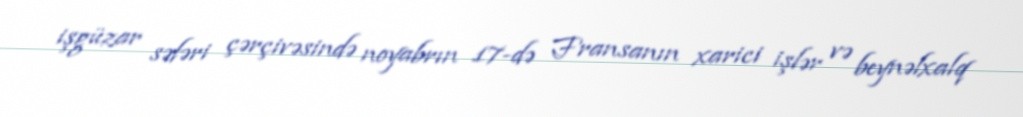
işgüzar səfəri çərçivəsində noyabrın 17-də Fransanın xarici işlər və beynəlxalq